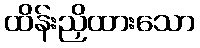
ထိန်းညှိထားသော